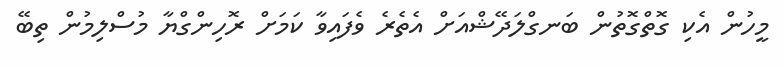
މީހުން އެކި ގޮތްގޮތުން ބަނގްލަދޭޝްއަށް އެތެރެ ވެފައިވާ ކަމަށް ރޮހިންގްޔާ މުސްލިމުން ތިބޭ